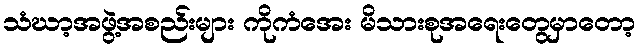
သံဃာ့အဖွဲ့အစည်းများ ကိုကံအေး မိသားစုအရေးတွေမှာတော့